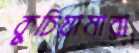
কুচিয়ামারা